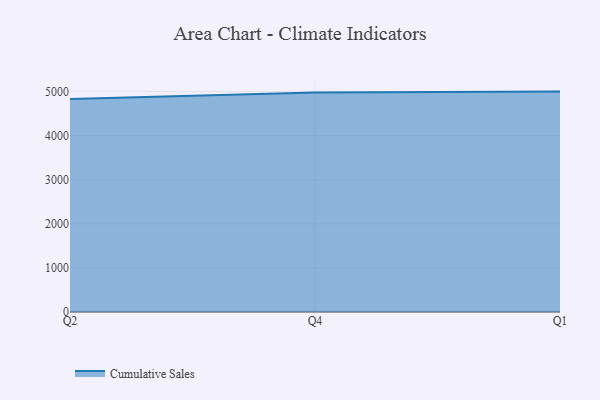
{"axis": {"x": "Quarter", "y": "Market Share (%)"}, "legend": ["Cumulative Sales"], "data": [{"x": "Q2", "y": 4830.7, "type": "Cumulative Sales"}, {"x": "Q4", "y": 4977.5, "type": "Cumulative Sales"}, {"x": "Q1", "y": 5000, "type": "Cumulative Sales"}]}